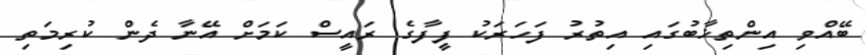
ބޭއްވި އިންތިޚާބުގައި އިތުރު ފަހަރަކު ފީފާގެ ރައީސް ކަމަށް އޭނާ ދެން ކުރިމަތި